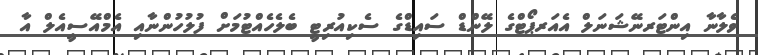
ވެލާނާ އިންޓަރނޭޝަނަލް އެއަރޕޯޓްގެ ލޭންޑް ސައިޑްގެ ސެކިއުރިޓީ ބެލެހެއްޓުމަށް ފުލުހުންނާއި އެމްއޭސީއެލް އާ